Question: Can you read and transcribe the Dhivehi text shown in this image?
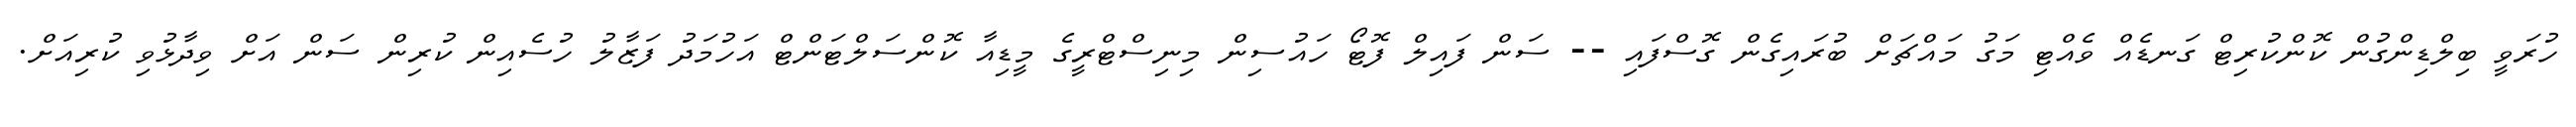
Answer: ހުރަވީ ބިލްޑިންގުން ކޮންކުރިޓް ގަނޑެއް ވެއްޓި މަގު މައްޗަށް ބުރައިގެން ގޮސްފައި -- ސަން ފައިލް ފޮޓޯ ހައުސިން މިނިސްޓްރީގެ މީޑިއާ ކޮންސަލްޓަންޓް އަހުމަދު ފަޒާލު ހުސެއިން ކުރިން ސަން އަށް ވިދާޅުވި ކުރިއަށް.